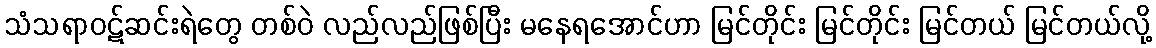
သံသရာဝဋ်ဆင်းရဲတွေ တစ်ဝဲ လည်လည်ဖြစ်ပြီး မနေရအောင်ဟာ မြင်တိုင်း မြင်တိုင်း မြင်တယ် မြင်တယ်လို့